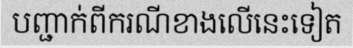
បញ្ជាក់ពីករណីខាងលើនេះទៀត